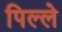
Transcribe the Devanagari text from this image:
पिल्‍ले